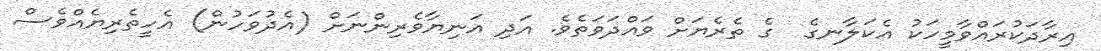
އިރާދަކުރައްވާމީހަކު އެކަލާނގެ  ގެ ތެރެޔަށް ވައްދަވަތެވެ. އަދި އަނިޔާވެރިންނަށް (އެދުވަހުން) އެހީތެރިޔެއްވެސް